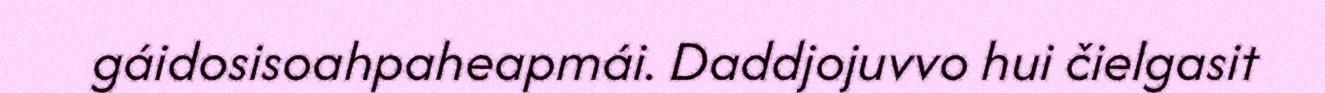
gáidosisoahpaheapmái. Daddjojuvvo hui čielgasit